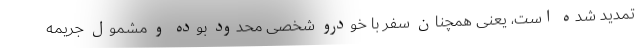
تمدید شده است، یعنی همچنان سفر با خودرو شخصی محدود بوده و مشمول جریمه